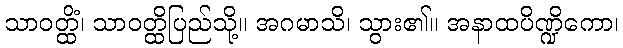
သာဝတ္ထိံ၊ သာဝတ္ထိပြည်သို့။ အဂမာသိ၊ သွား၏။ အနာထပိဏ္ဍိကော၊